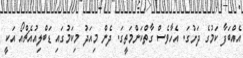
އެއްބަފާ ކަމުގެ ދަށުގަ. އެހާވެސް ގާތްކަންމަތީގަ. ދެން މިއަދު މިކަމުގައި ޑަބްލިއުއެޗްއޯ އަކީ